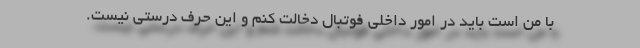
با من است باید در امور داخلی فوتبال دخالت کنم و این حرف درستی نیست.